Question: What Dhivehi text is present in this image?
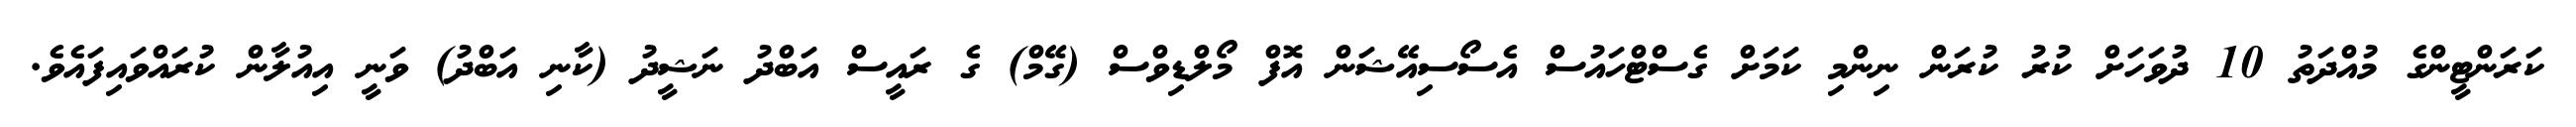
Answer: ކަރަންޓީންގެ މުއްދަތު 10 ދުވަހަށް ކުރު ކުރަން ނިންމި ކަމަށް ގެސްޓްހައުސް އެސޯސިއޭޝަން އޮފް މޯލްޑިވްސް (ގޭމް) ގެ ރައީސް އަބްދު ނަޝީދު (ކާނި އަބްދު) ވަނީ އިއުލާން ކުރައްވައިފައެވެ.